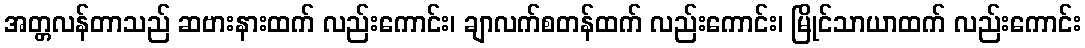
အတ္တလန်တာသည် ဆဗားနားထက် လည်းကောင်း၊ ချာလက်စတန်ထက် လည်းကောင်း၊ မြိုင်သာယာထက် လည်းကောင်း